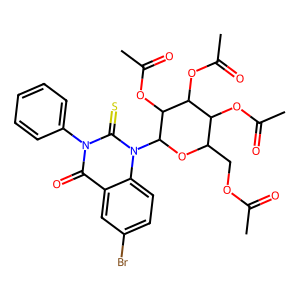
SMILES: CC(=O)OCC1OC(n2c(=S)n(-c3ccccc3)c(=O)c3cc(Br)ccc32)C(OC(C)=O)C(OC(C)=O)C1OC(C)=O
Inhibits HIV replication: No